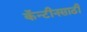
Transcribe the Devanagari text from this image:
कॅन्टीनसाठी